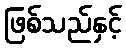
ဖြစ်သည်နှင့်